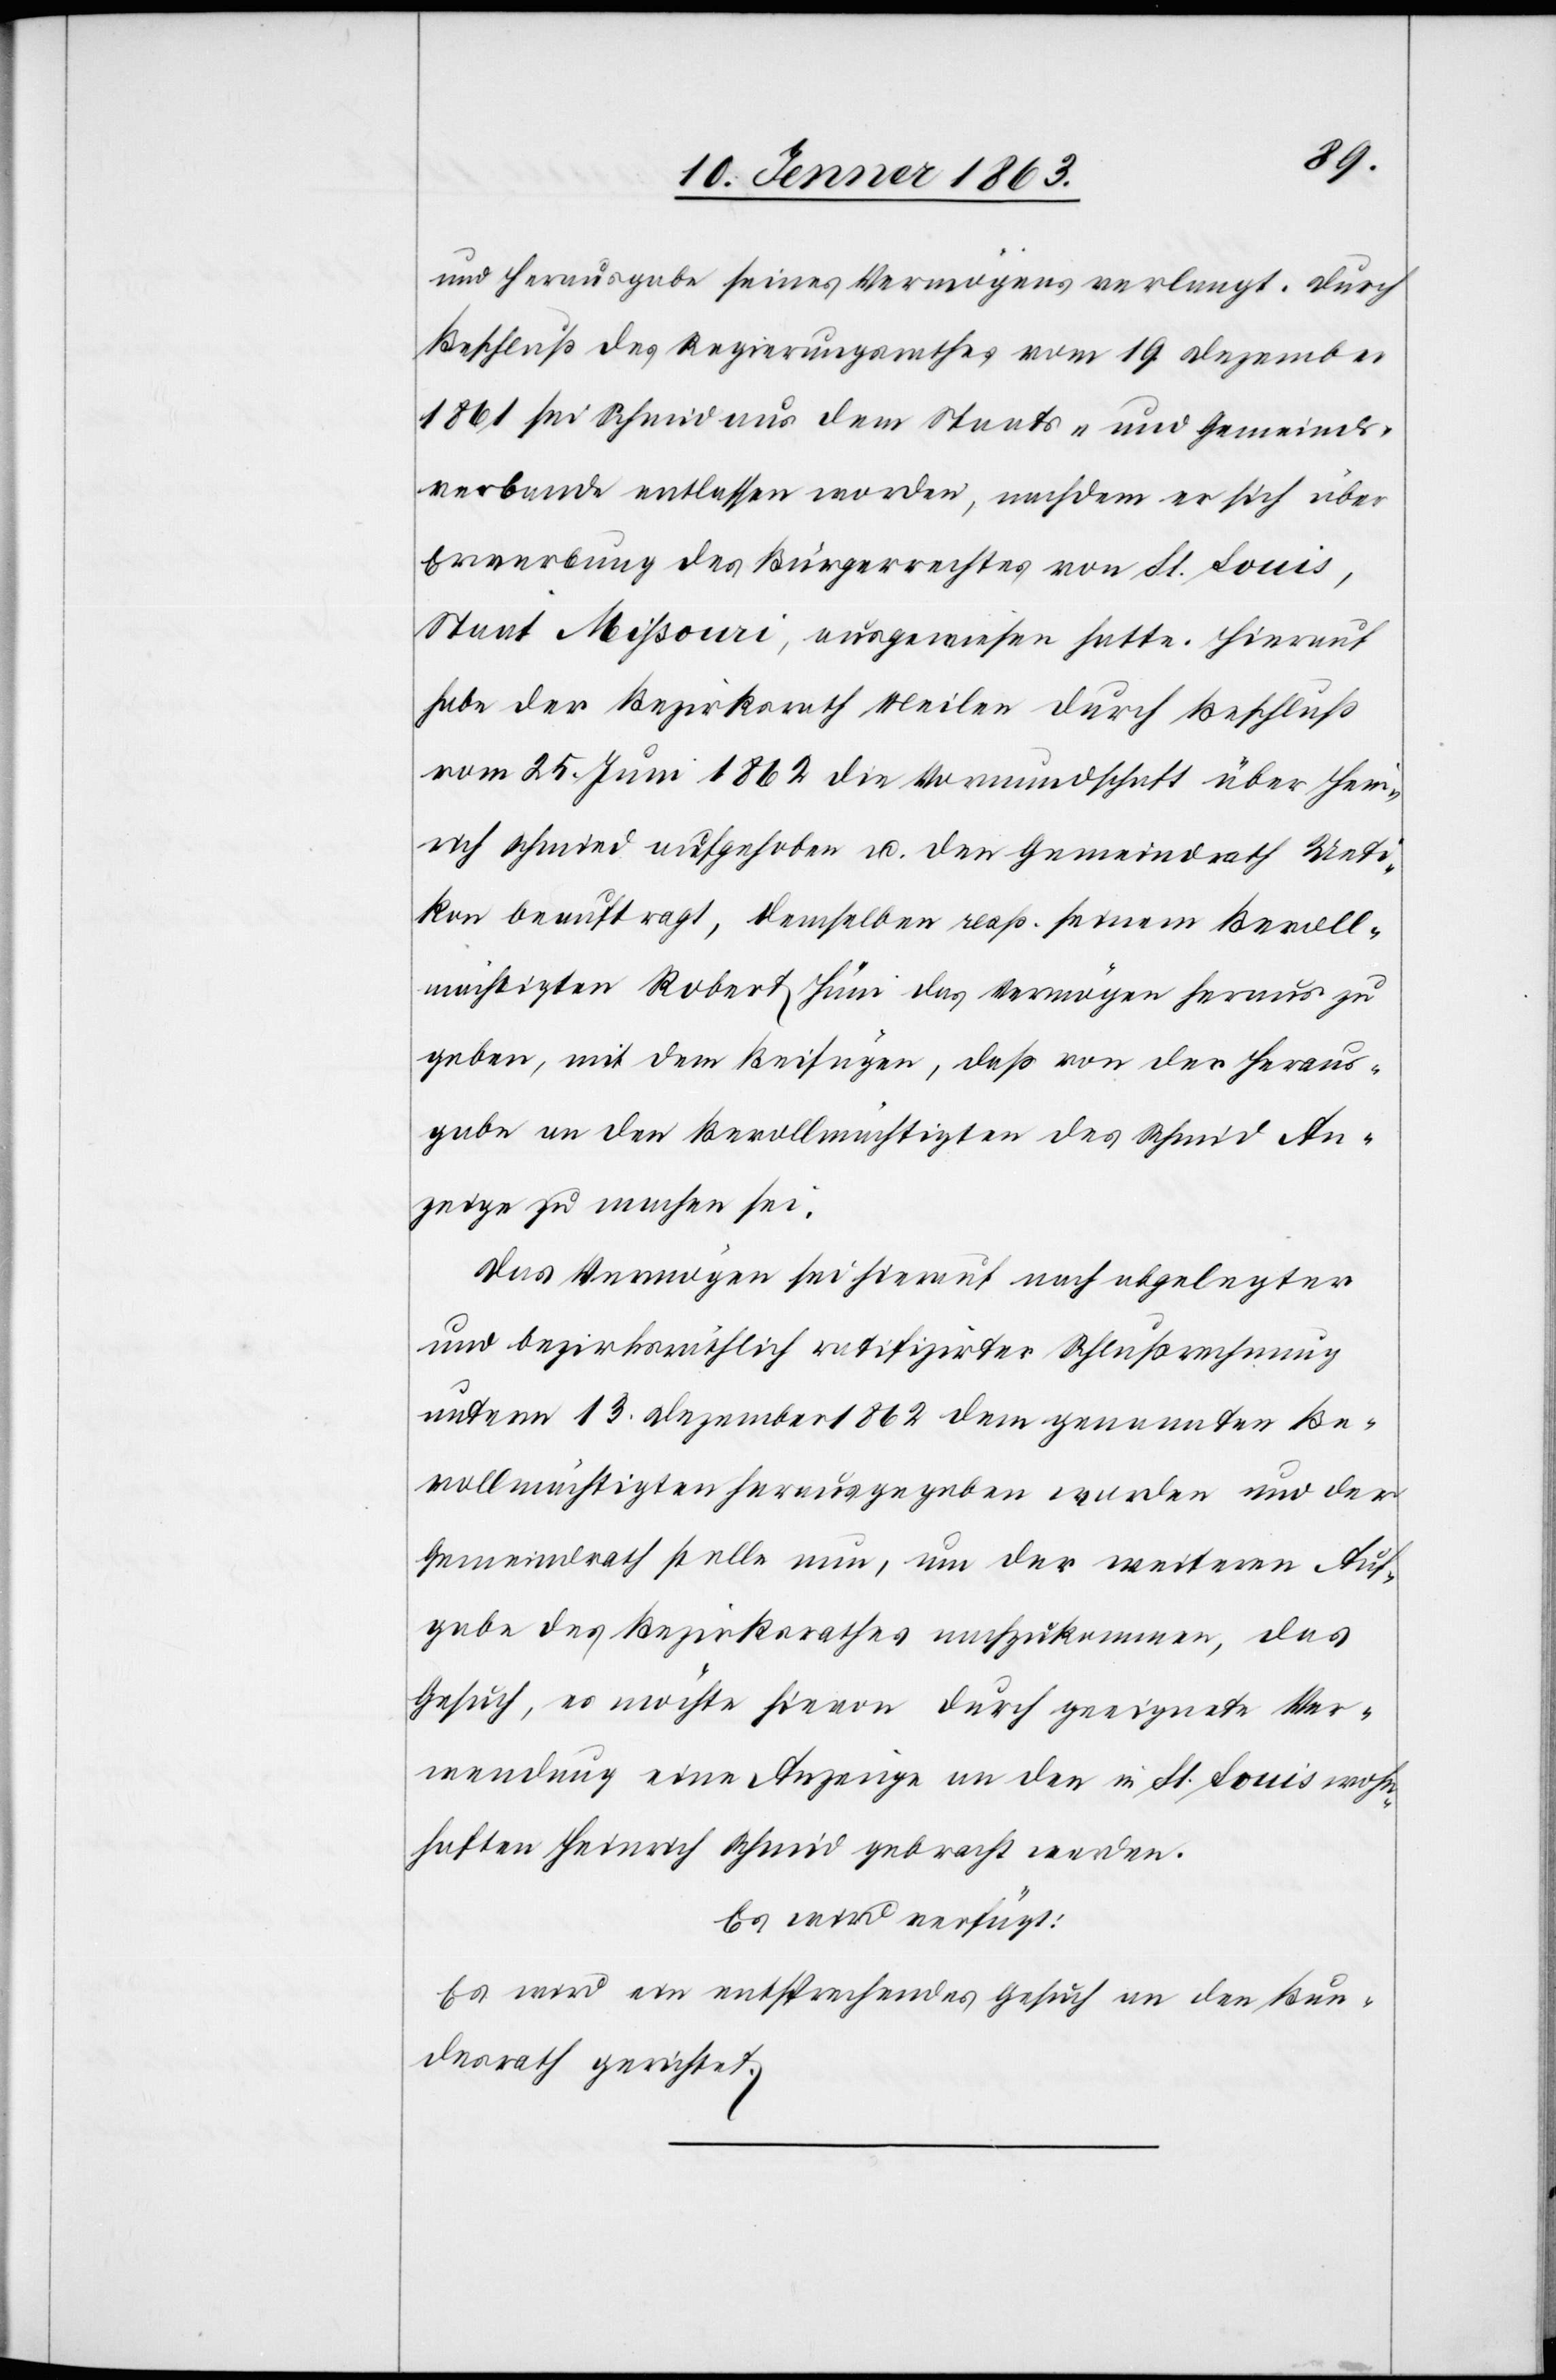
und Herausgabe eines Vermögens verlangt. Durch
Beschluß des Regierungsrathes vom 19. Dezember
1861 sei Schmid aus dem Staats- und Gemeinds¬
verbande entlassen worden, nachdem er sich über
Erwerbung des Bürgerrechtes von St. Louis,
Staat Mißouri, ausgewiesen hatte. Hierauf
habe der Bezirksrath Meilen durch Beschluß
vom 25. Juni 1862 die Vormundschaft über Heinr¬
ich Schmied [sic!] aufgehoben u. den Gemeindrath Ueti¬
kon beauftragt, demselben resp. seinem Bevoll¬
mächtigten Robert Hüni das Vermögen heraus zu
geben, mit dem Beifügen, daß von der Heraus¬
gabe an den Bevollmächtigten des Schmid An¬
zeige zu machen sei.
Das Vermögen sei hierauf nach abgelegter
und bezirksräthlich ratifizirter Schlußrechnung
unterm 13. Dezember 1862 dem genannten Be¬
vollmächtigten herausgegeben worden und der
Gemeindrath stelle nun, um der weiteren Auf¬
gabe des Bezirksrathes nachzukommen, das
Gesuch, es möchte hievon durch geeignete Ver¬
wendung eine Anzeige an den in St. Louis wohn¬
haften Heinrich Schmid gebracht werden.
Es wird verfügt:
Es wird ein entsprechendes Gesuch an den Bun¬
desrath gerichtet.